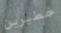
خطيرين